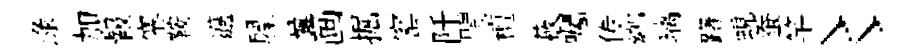
渌加報塞鞍邁屧曩画掘窰阡閨檀蔽囑传鄉璃躇蜆蚕竿〻